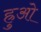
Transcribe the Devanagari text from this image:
ह्रुओ